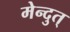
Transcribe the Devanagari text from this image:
मेन्दुत्